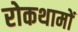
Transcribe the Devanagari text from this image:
रोकथामों